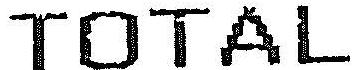
TOTAL